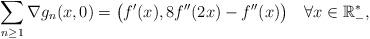
LaTeX: \begin{align*}\sum_{n\geq1}\nabla g_{n}(x,0)=\big(f^{\prime}(x),8f^{\prime\prime}(2x)-f^{\prime\prime}(x)\big)\quad\forall x\in\mathbb{R}_{-}^{\ast},\end{align*}